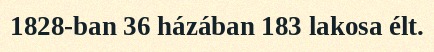
1828-ban 36 házában 183 lakosa élt.